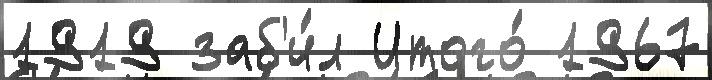
1919 заб'и́л Итого́ 1967